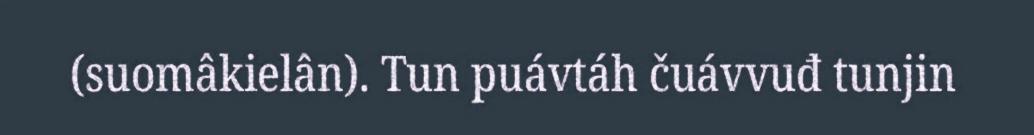
(suomâkielân). Tun puávtáh čuávvuđ tunjin